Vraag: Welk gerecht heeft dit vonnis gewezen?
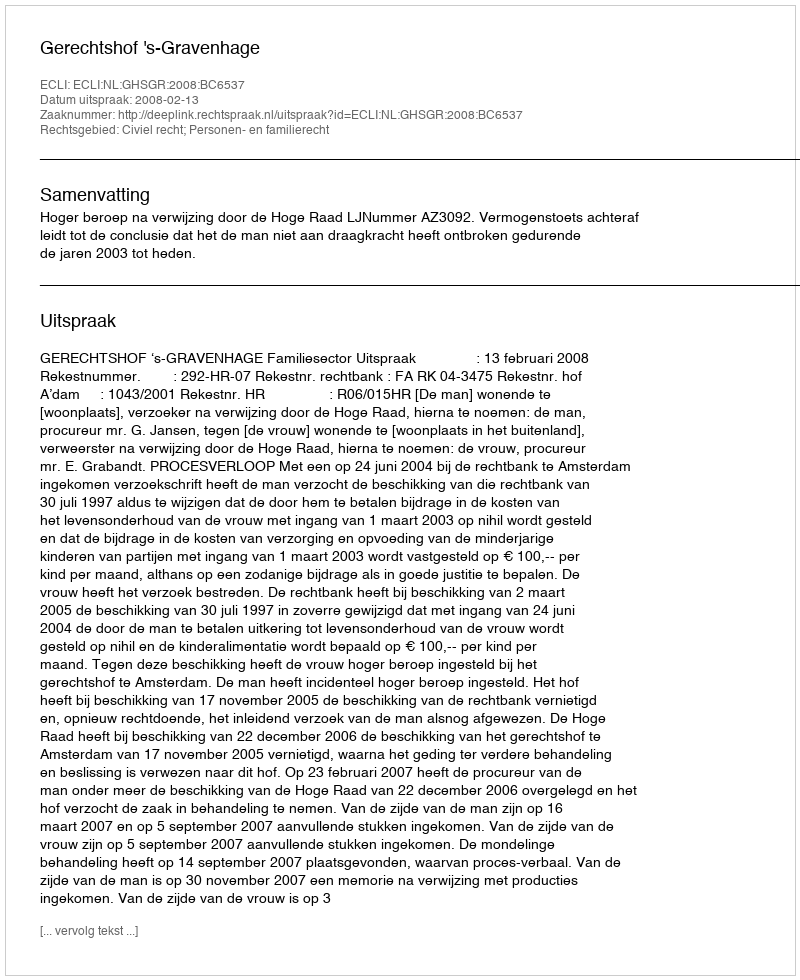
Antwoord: Gerechtshof 's-Gravenhage